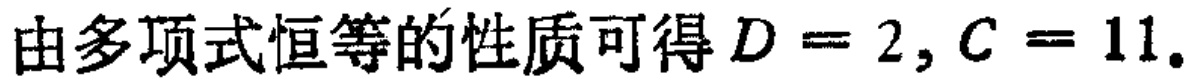
由多项式恒等的性质可得\(D = 2, C = 11\)。